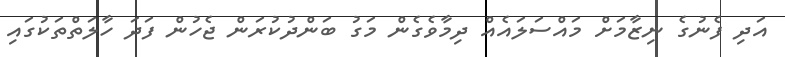
އަދި ފެނުގެ ނިޒާމަށް މައްސަލައެއް ދިމާވެގެން މަގު ބަންދުކުރަން ޖެހުން ފަދަ ހާލަތްތަކުގައި